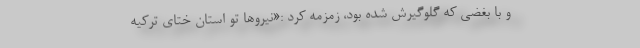
و با بغضی که گلوگیرش شده بود، زمزمه کرد :«نیروها تو استان ختای ترکیه